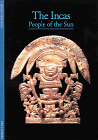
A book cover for The Incas: People of the Sun; Carmen Bernand; History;